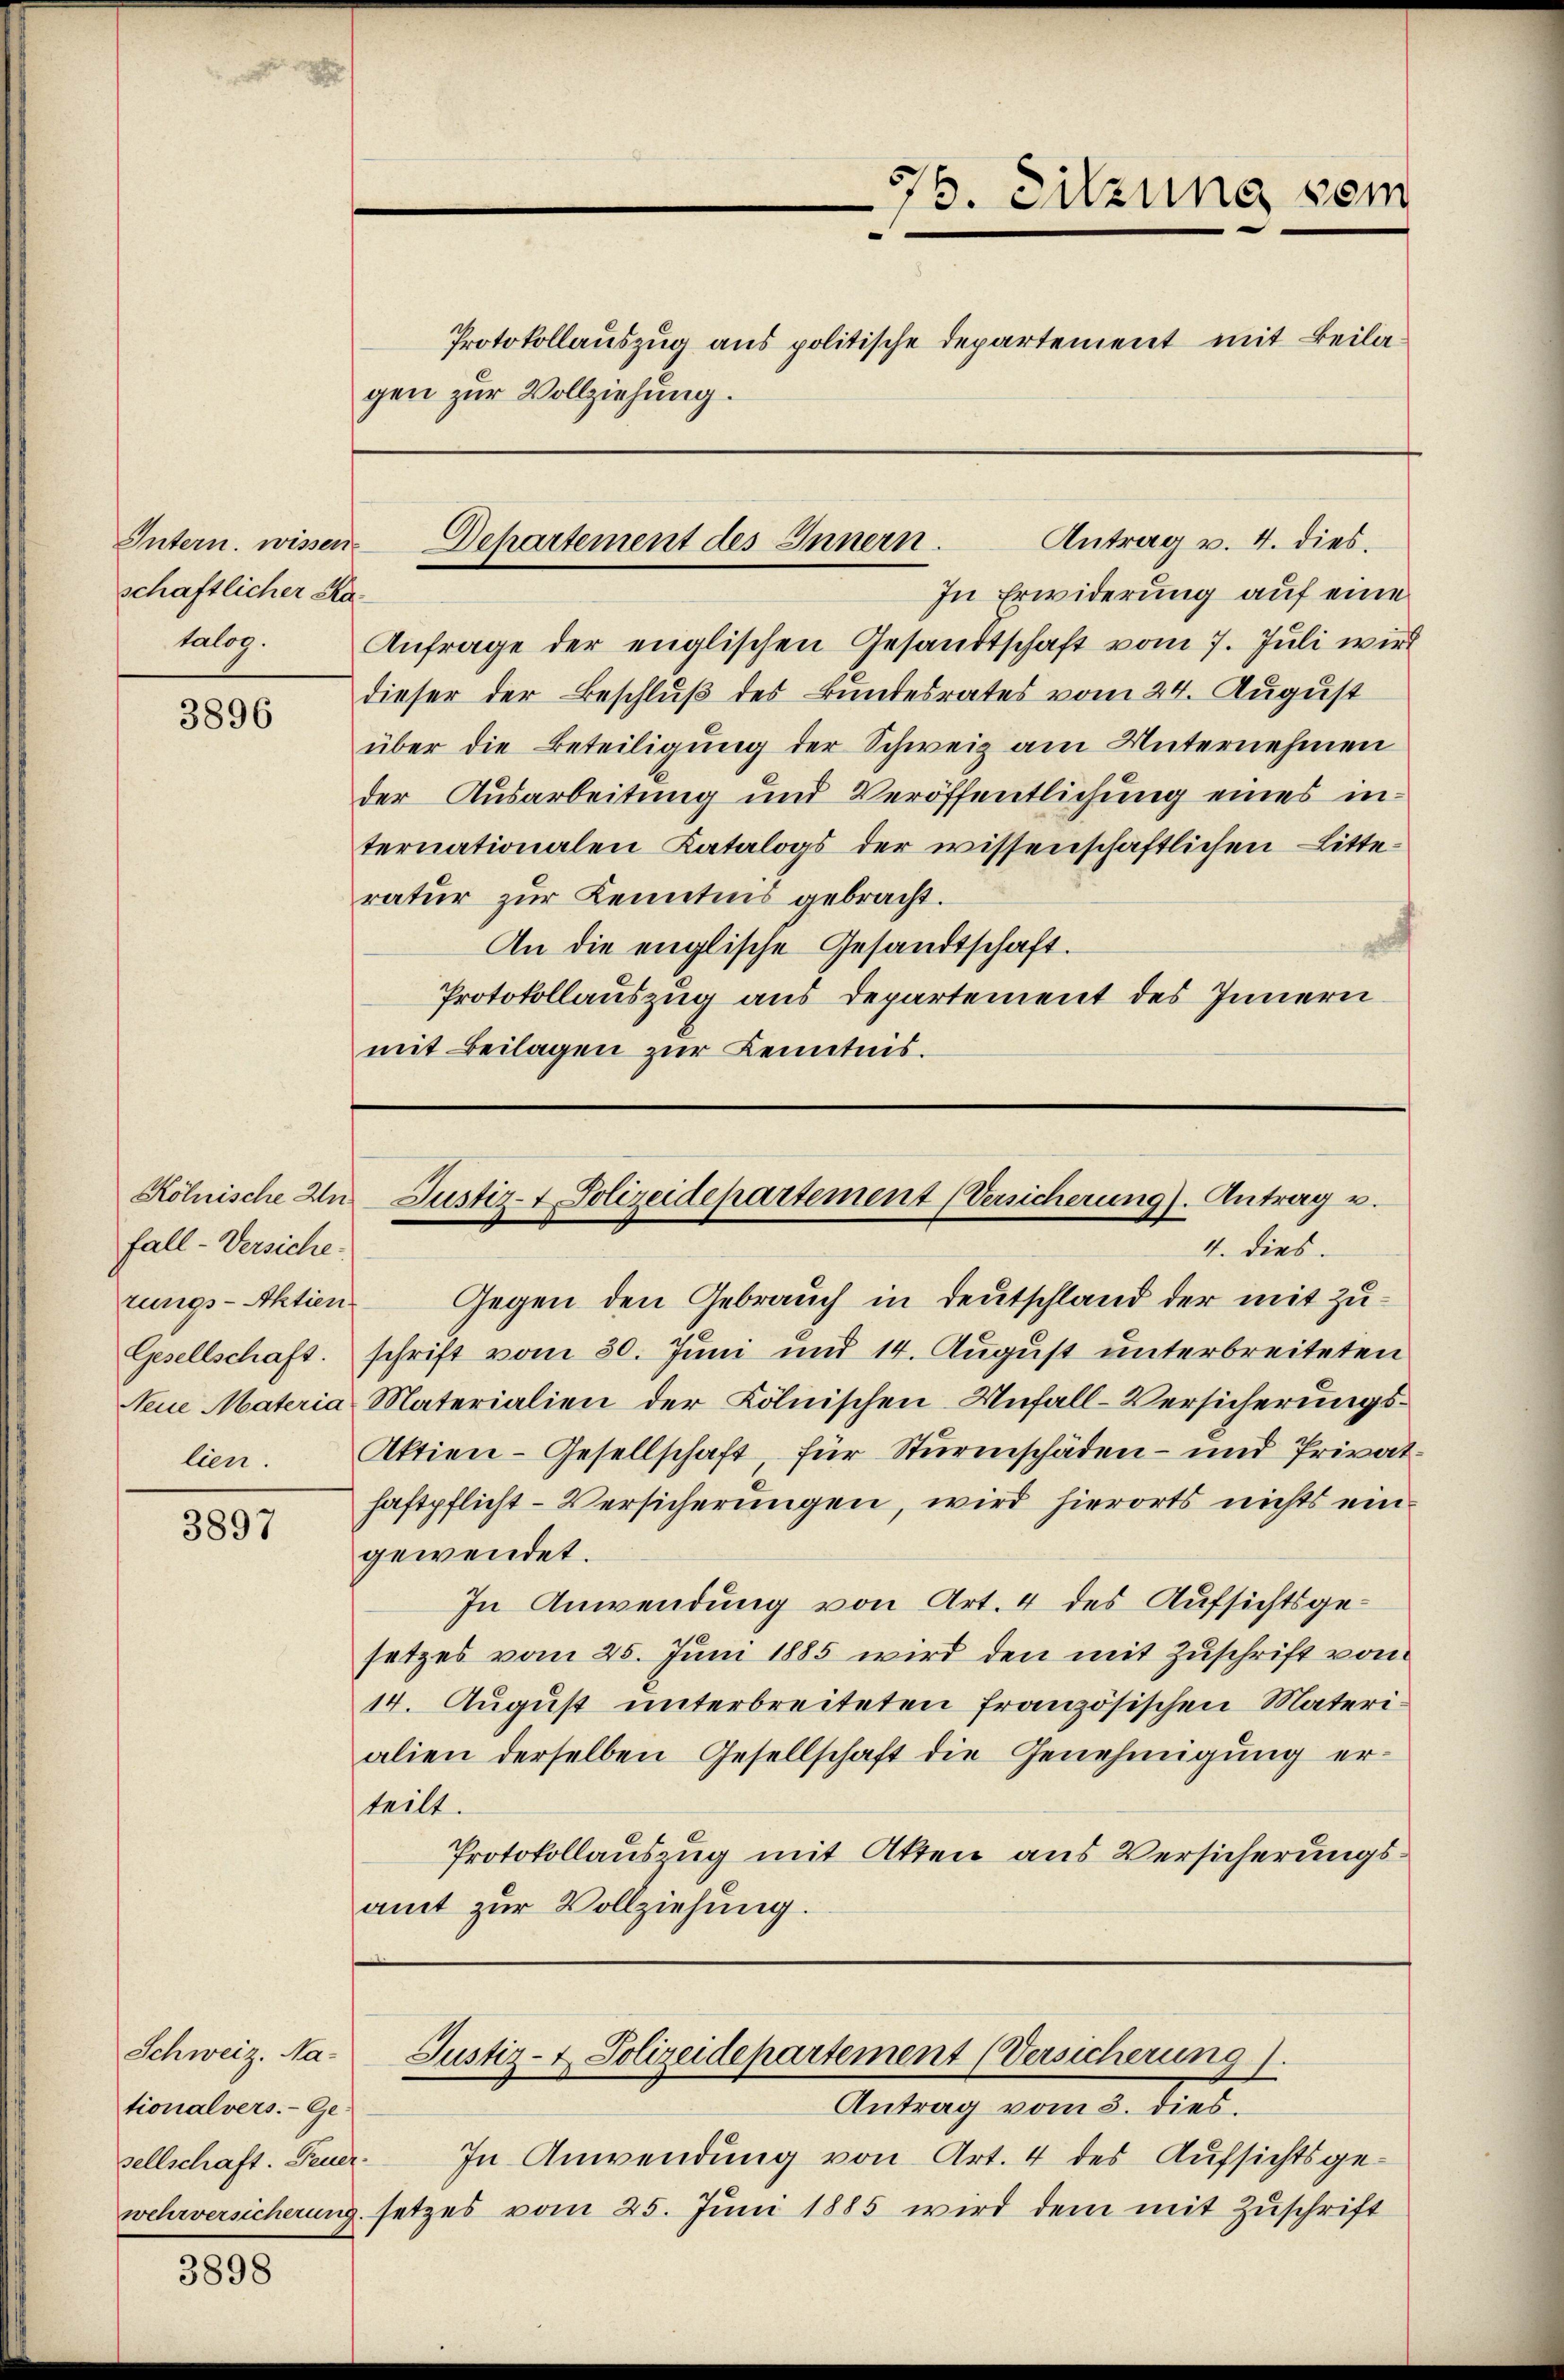
Intern wissen
schaftlicher Katalog.

3896

Kölnische Anfall-Versiche.
Gesellschaft.
lien.

3897

gen zur Vollziehung.

Schweiz. Na-
tionalvers.- Ge-
sellschaft. Feuer
wehrversicherung.

3898

776. Sitzung vom
Protokollauszug aus politische Departement mit Beila¬

Antrag v. 4. dies
Dchartement des Innern.

Justiz- & Polizeidepartement (Versicherung). Antrag v.

In Erwiderung auf eine
Anfrage der englischen Gesandtschaft vom 7. Juli wird
dieser der Beschluß des Bundesrates vom 24. August
über die Beteiligung der Schweiz am Unternehmen
der Ausarbeitung und Veröffentlichung eines in
ternationalen Katalogs der wissenschaftlichen Litteratur zur Kenntnis gebracht.
An die englische Gesandtschaft.
Protokollauszug aus Departement des Innern
mit Beilagen zur Kenntnis.

4. dies
rungs-Aktien Gegen den Gebrauch in Deutschland der mit Zuschrift vom 30. Juni und 14. August unterbreiteten
Neue Materia Materialien der Kölnischen Unfall-Versicherungs¬
Aktien-Gesellschaft, für Sturmschäden- und Privatfaftpflicht-Versicherungen, wird hierorts nichts eingewendet.
In Anwendung von Art. 4 des Aufsichtsgesetzes vom 25. Juni 1885 wird den mit Zuschrift vom
14. August unterbreiteten französischen Materialien derselben Gesellschaft die Genehmigung er-
teilt.
Protokollauszug mit Akten aus Versicherungsamt zur Vollziehung.

Antrag vom 3. dies
In Anwendung von Art. 4 des Aufsichtsged
setzes vom 25. Juni 1885 wird dem mit Zuschrift

Justiz- & Polizeidepartement (Versicherung).